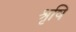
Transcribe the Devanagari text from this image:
श्रृषि